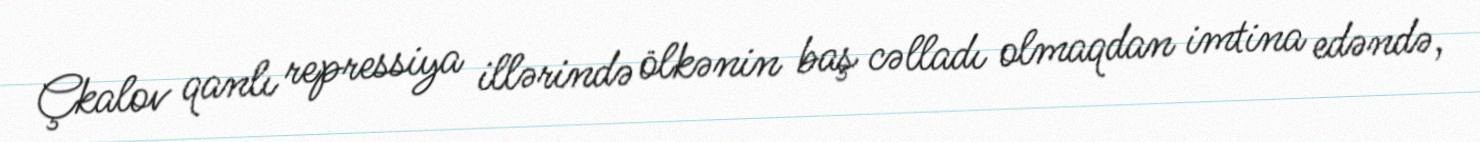
Çkalov qanlı repressiya illərində ölkənin baş cəlladı olmaqdan imtina edəndə,